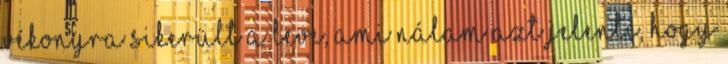
vékonyra sikerült a leve, ami nálam azt jelenti, hogy